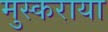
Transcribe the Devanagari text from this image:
मुस्कराया